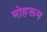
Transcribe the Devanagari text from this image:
मोहरूम